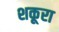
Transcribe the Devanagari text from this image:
शकूरा